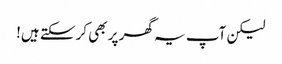
لیکن آپ یہ گھر پر بھی کرسکتے ہیں!